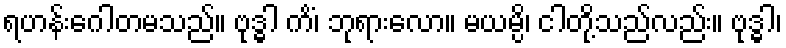
ရဟန်းဂေါတမသည်။ ဗုဒ္ဓါ ကိံ၊ ဘုရားလော။ မယမ္ပိ၊ ငါတို့သည်လည်း။ ဗုဒ္ဓါ၊